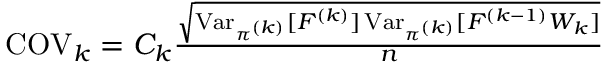
\begin{array} { r } { \operatorname { C O V } _ { k } = C _ { k } \frac { \sqrt { \operatorname { V a r } _ { \pi ^ { ( k ) } } [ F ^ { ( k ) } ] \operatorname { V a r } _ { \pi ^ { ( k ) } } [ F ^ { ( k - 1 ) } W _ { k } ] } } { n } } \end{array}